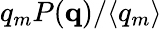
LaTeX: q_{m}P({\mathbf q})/\langle{q_{m}}\rangle